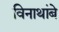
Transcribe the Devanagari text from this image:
विनाथांबे